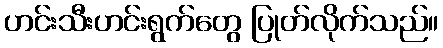
ဟင်းသီးဟင်းရွက်တွေ ပြုတ်လိုက်သည်။